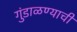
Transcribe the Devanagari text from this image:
गुंडाळण्याची